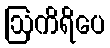
ဩကိရိပေ